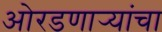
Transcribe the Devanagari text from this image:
ओरडणार्‍यांचा